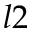
l 2